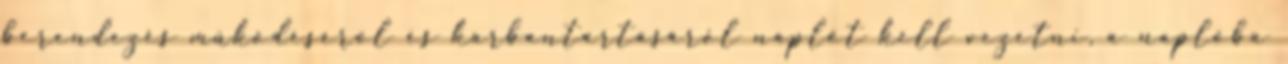
berendezés mûködésérõl és karbantartásáról naplót kell vezetni, a naplóba